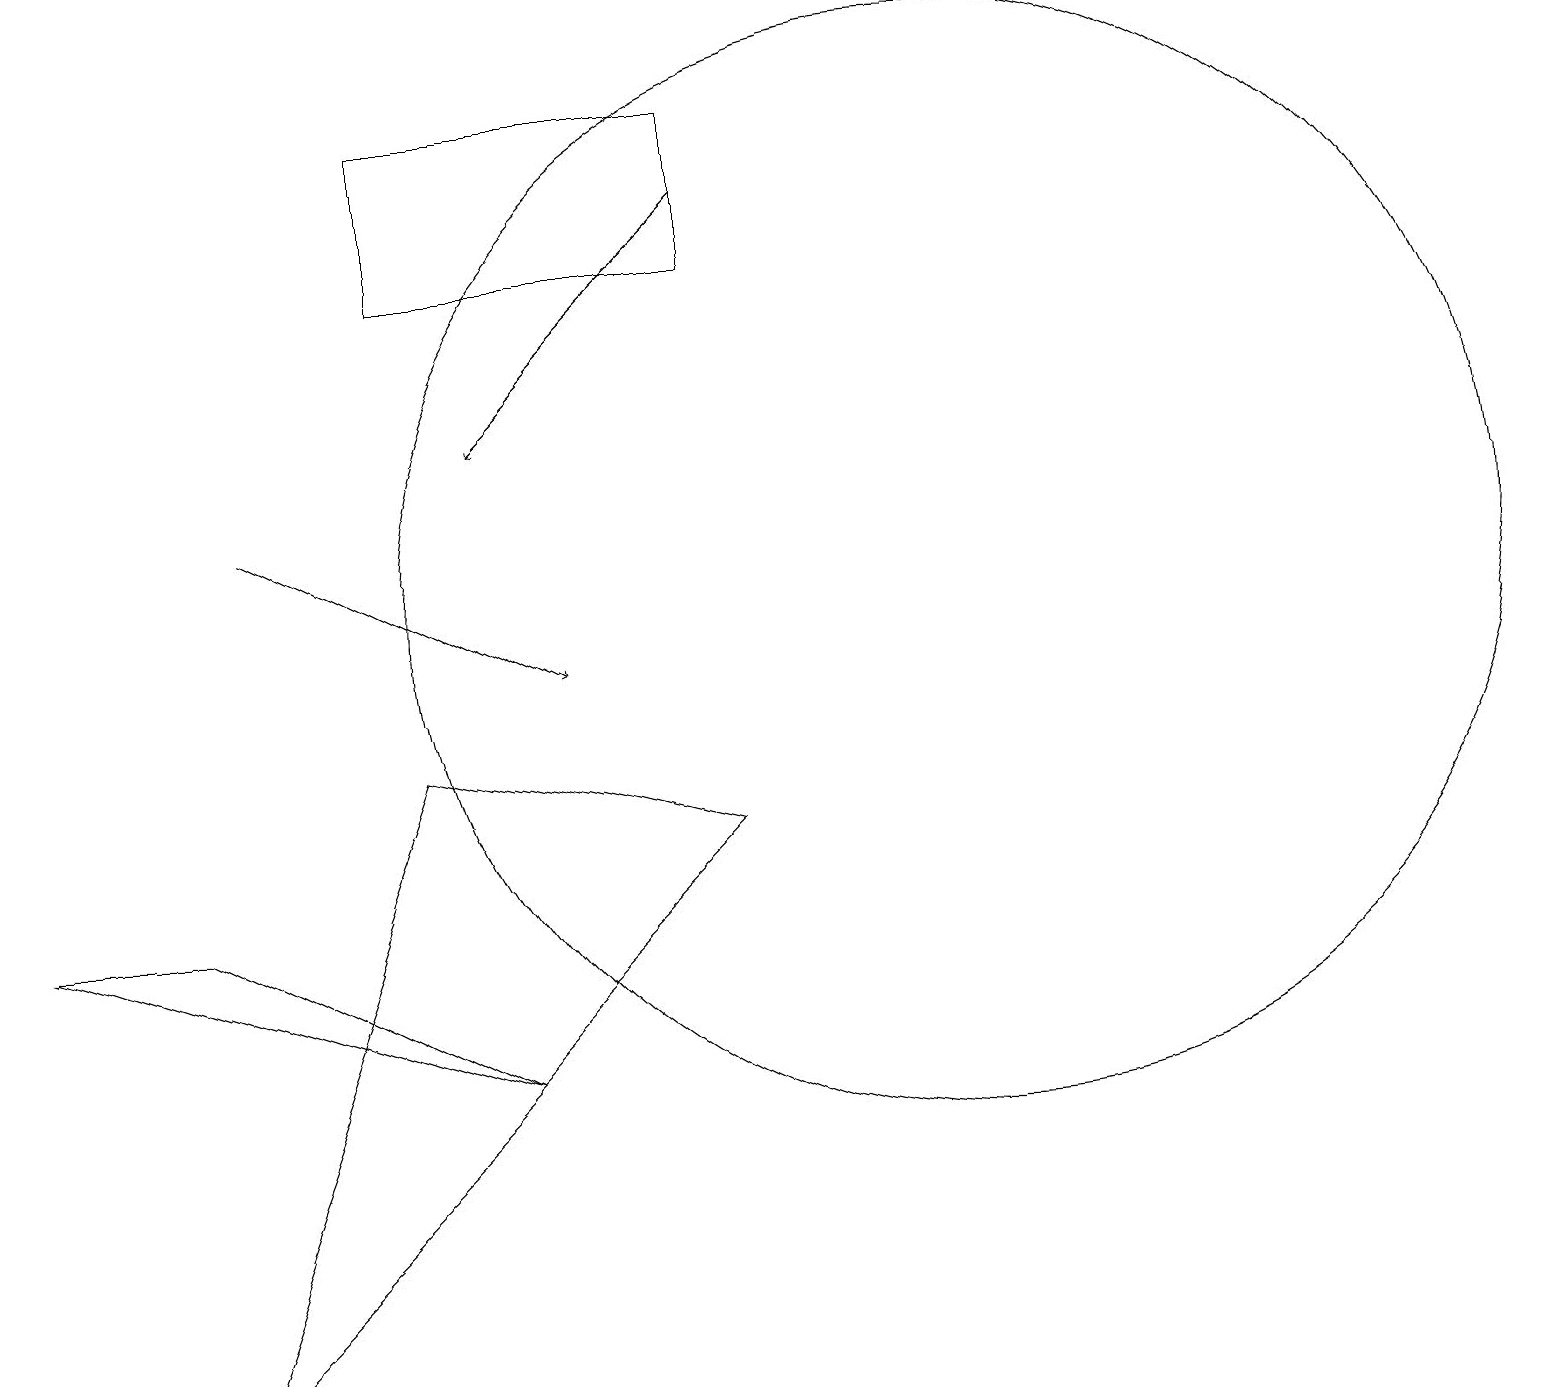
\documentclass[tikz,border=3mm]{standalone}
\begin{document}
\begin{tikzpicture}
\draw (12,11) circle (7);
\draw (0,7) -- (2,7) -- (6,5) -- cycle;
\draw (2,1) -- (5,9) -- (9,8) -- cycle;
\draw (5,15) rectangle (9,17);
\draw[->] (9,16) -- (6,13);
\draw (10,11) circle (0);
\draw[->] (3,12) -- (7,10);
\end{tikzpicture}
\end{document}